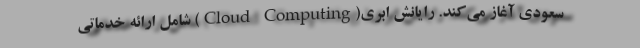
سعودی آغاز می‌کند. رایانش ابری(Cloud Computing) شامل ارائه خدماتی